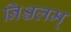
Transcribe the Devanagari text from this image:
निश्चलम्